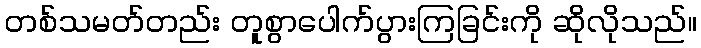
တစ်သမတ်တည်း တူစွာပေါက်ပွားကြခြင်းကို ဆိုလိုသည်။